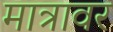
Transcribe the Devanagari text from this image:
मात्रावर